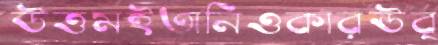
উত্তমইতানিওকারঊর্